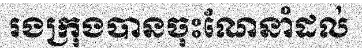
រងក្រុងបានចុះណែនាំដល់